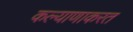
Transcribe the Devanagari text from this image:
कल्याणाकरत